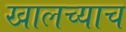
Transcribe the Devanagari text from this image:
खालच्याच